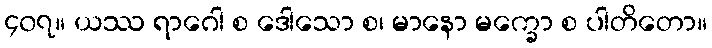
၄၀၇။ ယဿ ရာဂေါ စ ဒေါသော စ၊ မာနော မက္ခော စ ပါတိတော။